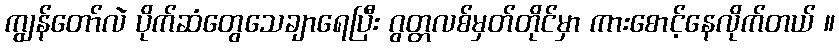
ကျွန်တော်လဲ ပိုက်ဆံတွေသေချာရေပြီး ဂွတ္တလစ်မှတ်တိုင်မှာ ကားစောင့်နေလိုက်တယ် ။